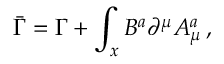
\bar { \Gamma } = \Gamma + \displaystyle \int _ { x } B ^ { a } { \partial } ^ { \mu } A _ { \mu } ^ { a } \, ,